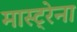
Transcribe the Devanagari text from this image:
मास्ट्रेना